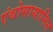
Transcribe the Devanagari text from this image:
एंथोसायानिन